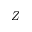
Z